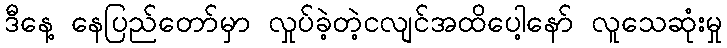
ဒီနေ့ နေပြည်တော်မှာ လှုပ်ခဲ့တဲ့ငလျင်အထိပေါ့နော် လူသေဆုံးမှု